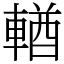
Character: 輶